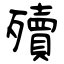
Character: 殰